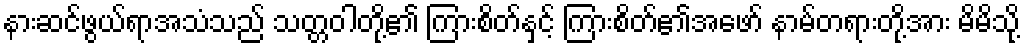
နားဆင်ဖွယ်ရာအသံသည် သတ္တဝါတို့၏ ကြားစိတ်နှင့် ကြားစိတ်၏အဖော် နာမ်တရားတို့အား မိမိသို့